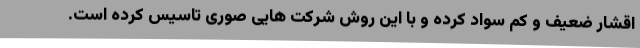
اقشار ضعیف و کم سواد کرده و با این روش شرکت هایی صوری تاسیس کرده است.